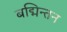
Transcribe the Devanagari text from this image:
बद्मिन्तन